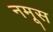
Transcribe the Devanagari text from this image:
नमूस